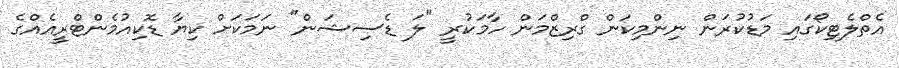
އެތްލެޓިކޯގައި މަޑުކުރަން ނިންމިކަން ގްރިޒްމަން ހާމަކުރީ "ލަ ޑެސިޝަން" ނަމަކަށް ކިޔާ ޑޮކިއުމެންޓްރީއެއްގެ